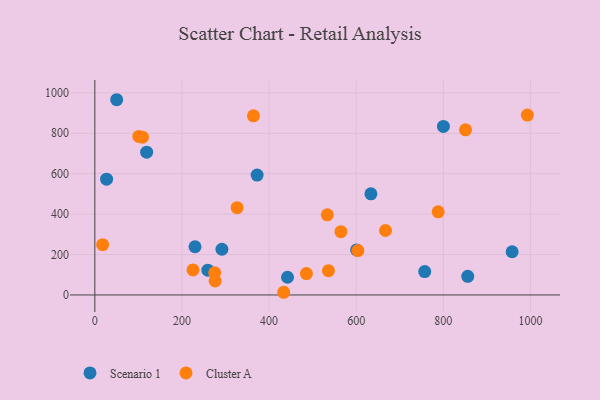
{"axis": {"x": "Study Hours", "y": "Sales"}, "legend": ["Cluster A", "Scenario 1"], "data": [{"x": "259.5", "y": 122.5, "type": "Scenario 1"}, {"x": "119.0", "y": 706.3, "type": "Scenario 1"}, {"x": "757.4", "y": 115.9, "type": "Scenario 1"}, {"x": "633.9", "y": 500.2, "type": "Scenario 1"}, {"x": "230.0", "y": 238.5, "type": "Scenario 1"}, {"x": "442.4", "y": 87.6, "type": "Scenario 1"}, {"x": "50.2", "y": 966.0, "type": "Scenario 1"}, {"x": "856.2", "y": 92.1, "type": "Scenario 1"}, {"x": "291.8", "y": 226.2, "type": "Scenario 1"}, {"x": "800.3", "y": 834.1, "type": "Scenario 1"}, {"x": "958.1", "y": 213.8, "type": "Scenario 1"}, {"x": "372.6", "y": 593.3, "type": "Scenario 1"}, {"x": "27.0", "y": 572.8, "type": "Scenario 1"}, {"x": "601.1", "y": 222.7, "type": "Scenario 1"}, {"x": "17.9", "y": 248.6, "type": "Cluster A"}, {"x": "326.7", "y": 432.1, "type": "Cluster A"}, {"x": "667.3", "y": 318.9, "type": "Cluster A"}, {"x": "109.4", "y": 780.6, "type": "Cluster A"}, {"x": "851.1", "y": 817.0, "type": "Cluster A"}, {"x": "993.1", "y": 890.2, "type": "Cluster A"}, {"x": "275.2", "y": 109.9, "type": "Cluster A"}, {"x": "604.0", "y": 219.5, "type": "Cluster A"}, {"x": "100.9", "y": 784.2, "type": "Cluster A"}, {"x": "433.6", "y": 13.3, "type": "Cluster A"}, {"x": "788.3", "y": 411.2, "type": "Cluster A"}, {"x": "276.2", "y": 69.2, "type": "Cluster A"}, {"x": "225.4", "y": 124.0, "type": "Cluster A"}, {"x": "364.1", "y": 886.1, "type": "Cluster A"}, {"x": "536.4", "y": 120.2, "type": "Cluster A"}, {"x": "485.8", "y": 105.7, "type": "Cluster A"}, {"x": "533.7", "y": 396.3, "type": "Cluster A"}, {"x": "565.0", "y": 312.9, "type": "Cluster A"}]}